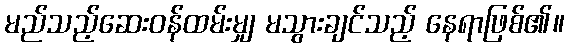
မည်သည့်ဆေးဝန်ထမ်းမျှ မသွားချင်သည့် နေရာဖြစ်၏။